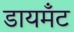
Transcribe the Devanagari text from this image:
डायमॅंट